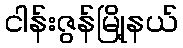
ငါန်းဇွန်မြို့နယ်